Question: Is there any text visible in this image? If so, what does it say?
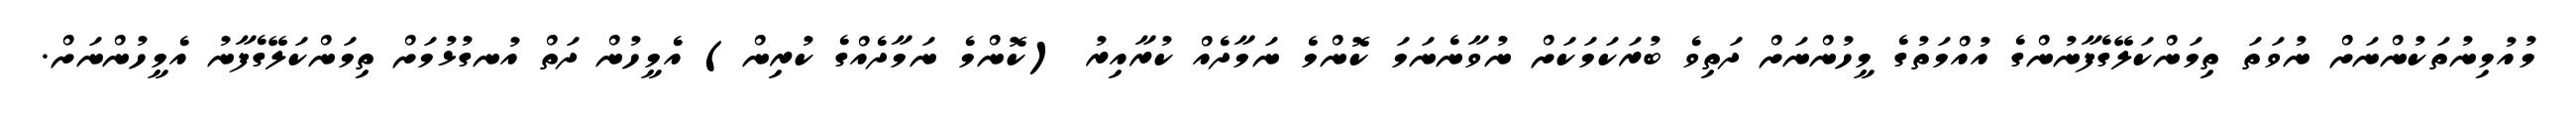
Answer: މުއުމިނުތަކުންނަށް ނުވަތަ ތިމަންކަލޭގެފާނުންގެ އުއްމަތުގެ މީހުންނަށް ދަތިވެ ބުރަކަމަކަށް ނުވާނެނަމަ ކޮންމެ ނަމާދެއް ކުރާއިރު (ކޮންމެ ނަމާދެއްގެ ކުރިން) އެމީހުން ދަތް އުނގުޅުމަށް ތިމަންކަލޭގެފާނު އެމީހުންނަށް.